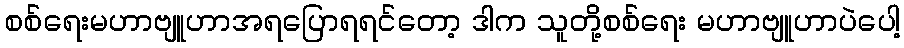
စစ်ရေးမဟာဗျူဟာအရပြောရရင်တော့ ဒါက သူတို့စစ်ရေး မဟာဗျူဟာပဲပေါ့